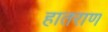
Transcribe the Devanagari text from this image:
हातराण